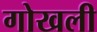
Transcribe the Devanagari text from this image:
गोखली